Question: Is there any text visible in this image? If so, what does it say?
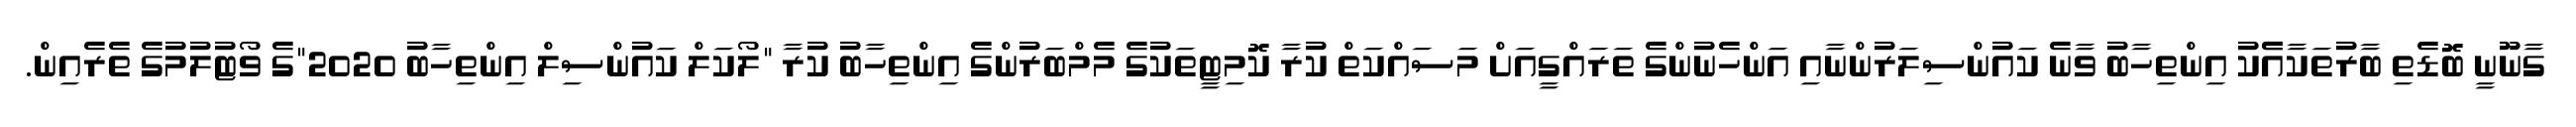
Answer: ގާނޫނީ ބޮޑެތި ބާރުތަކާއެެކު އިންތިހާބު ވާނެ ކައުންސިލަރުންނާއި އަންހެނުންގެ ތަރައްގީއަށް މަސައްކަތް ކުރާ ކޮމިޓީތަކުގެ މެމްބަރުންގެ އިންތިހާބު ކުރާ "ލޯކަލް ކައުންސިލް އިންތިހާބު 2020"ގެ ވޯޓުލުމުގެ ތެރެއިން.